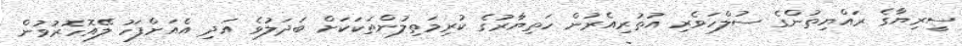
ސީރިޔާގެ ރައްޔިތުންގެ ސުލްހަވެރި އުތުރިއެރުން ހަތިޔާރުގެ ކުރިމަތިލުންތަކަކަށް ބަދަލުވެ އަދި އެއަށްފަހު ލޭއޮހޮރުވުން